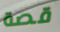
قصة